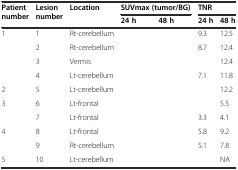
<table><thead><tr><td rowspan="2"><b>Patient number</b></td><td rowspan="2"><b>Lesion number</b></td><td rowspan="2"><b>Location</b></td><td colspan="2"><b>SUVmax (tumor/BG)</b></td><td colspan="2"><b>TNR</b></td></tr><tr><td><b>24 h</b></td><td><b>48 h</b></td><td><b>24 h</b></td><td><b>48 h</b></td></tr></thead><tbody><tr><td>1</td><td>1</td><td>Rt-cerebellum</td><td>[EMPTY_CELL]</td><td>[EMPTY_CELL]</td><td>9.3</td><td>12.5</td></tr><tr><td>[EMPTY_CELL]</td><td>2</td><td>Rt-cerebellum</td><td>[EMPTY_CELL]</td><td>[EMPTY_CELL]</td><td>8.7</td><td>12.4</td></tr><tr><td>[EMPTY_CELL]</td><td>3</td><td>Vermis</td><td>[EMPTY_CELL]</td><td>[EMPTY_CELL]</td><td>[EMPTY_CELL]</td><td>12.4</td></tr><tr><td>[EMPTY_CELL]</td><td>4</td><td>Lt-cerebellum</td><td>[EMPTY_CELL]</td><td>[EMPTY_CELL]</td><td>7.1</td><td>11.8</td></tr><tr><td>2</td><td>5</td><td>Lt-cerebellum</td><td>[EMPTY_CELL]</td><td>[EMPTY_CELL]</td><td>[EMPTY_CELL]</td><td>12.2</td></tr><tr><td>3</td><td>6</td><td>Lt-frontal</td><td>[EMPTY_CELL]</td><td>[EMPTY_CELL]</td><td>[EMPTY_CELL]</td><td>5.5</td></tr><tr><td>[EMPTY_CELL]</td><td>7</td><td>Lt-frontal</td><td>[EMPTY_CELL]</td><td>[EMPTY_CELL]</td><td>3.3</td><td>4.1</td></tr><tr><td>4</td><td>8</td><td>Lt-frontal</td><td>[EMPTY_CELL]</td><td>[EMPTY_CELL]</td><td>5.8</td><td>9.2</td></tr><tr><td>[EMPTY_CELL]</td><td>9</td><td>Rt-cerebellum</td><td>[EMPTY_CELL]</td><td>[EMPTY_CELL]</td><td>5.1</td><td>7.8</td></tr><tr><td>5</td><td>10</td><td>Lt-cerebellum</td><td>[EMPTY_CELL]</td><td>[EMPTY_CELL]</td><td>[EMPTY_CELL]</td><td>NA</td></tr></tbody></table>